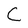
Character: C